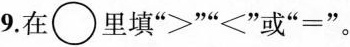
9.在\bigcirc 里填“＞”“＜”“=”。